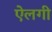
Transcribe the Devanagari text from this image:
ऐलगी